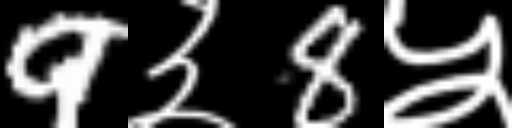
Text: 9३8५